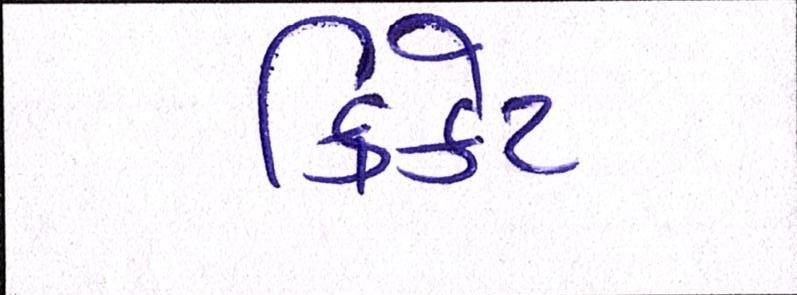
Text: ક્રિકેટ